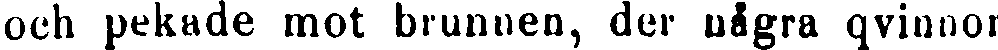
och pekade mot brunnen, der några qvinnor